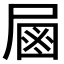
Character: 𡲖